Plague in India, 1896, 1897 - Volume 1
Year: 1896
Disease focus: Plague
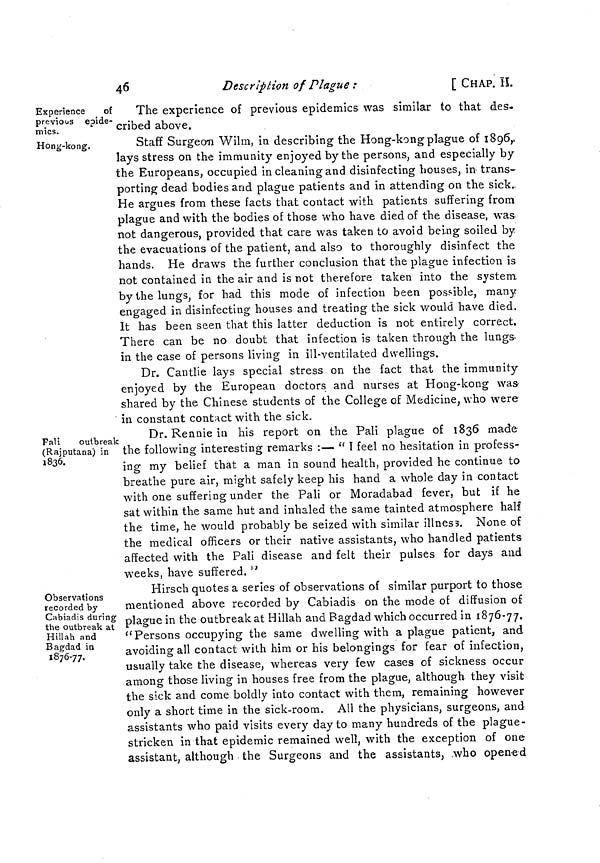
46
Description of Plague :
[ CHAP. II.
Experience
of
previous epide-
mics.
Hong-kong.
The experience of previous epidemics was similar to that des-
cribed above.
Staff Surgeon Wilm, in describing the Hong-kong plague of 1896,
lays stress on the immunity enjoyed by the persons, and especially by
the Europeans, occupied in cleaning and disinfecting houses, in trans-
porting dead bodies and plague patients and in attending on the sick.
He argues from these facts that contact with patients suffering from
plague and with the bodies of those who have died of the disease, was
not dangerous, provided that care was taken to avoid being soiled by
the evacuations of the patient, and also to thoroughly disinfect the
hands. He draws the further conclusion that the plague infection is
not contained in the air and is not therefore taken into the system
by the lungs, for had this mode of infection been possible, many
engaged in disinfecting houses and treating the sick would have died.
It has been seen that this latter deduction is not entirely correct.
There can be no doubt that infection is taken through the lungs
in the case of persons living in ill-ventilated dwellings.
Dr. Cantlie lays special stress on the fact that the immunity
enjoyed by the European doctors and nurses at Hong-kong was
shared by the Chinese students of the College of Medicine, who were
in constant contact with the sick.
Pali
outbreak
(Rajputana) in
1836.
Dr. Rennie in his report on the Pali plague of 1836 made
the following interesting remarks :— " I feel no hesitation in profess-
ing my belief that a man in sound health, provided he continue to
breathe pure air, might safely keep his hand a whole day in contact
with one suffering under the Pali or Moradabad fever, but if he
sat within the same hut and inhaled the same tainted atmosphere half
the time, he would probably be seized with similar illness. None of
the medical officers or their native assistants, who handled patients
affected with the Pali disease and felt their pulses for days and
weeks, have suffered. "
Observations
recorded by
Cabiadis during
the outbreak at
Hillah and
Bagdad in
1876-77.
Hirsch quotes a series of observations of similar purport to those
mentioned above recorded by Cabiadis on the mode of diffusion of
plague in the outbreak at Hillah and Bagdad which occurred in 1876-77.
"Persons occupying the same dwelling with a plague patient, and
avoiding all contact with him or his belongings for fear of infection,
usually take the disease, whereas very few cases of sickness occur
among those living in houses free from the plague, although they visit
the sick and come boldly into contact with them, remaining however
only a short time in the sick-room. All the physicians, surgeons, and
assistants who paid visits every day to many hundreds of the plague-
stricken in that epidemic remained well, with the exception of one
assistant, although the Surgeons and the assistants, who opened